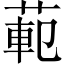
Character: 𫈣